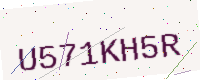
Text: U571KH5R